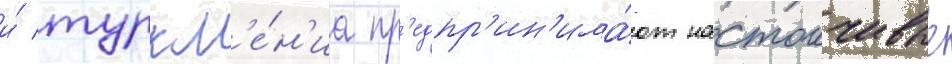
и́ туркм'е́н'иа пр'едпр'ин'има́ют настоичивые